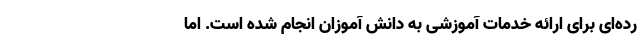
رده‌‌ای برای ارائه خدمات آموزشی به دانش آموزان انجام شده است. اما